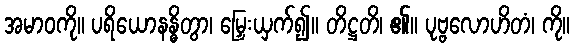
အမာဝကို။ ပရိယောနန္ဓိတွာ၊ မြှေးယှက်၍။ တိဋ္ဌတိ၊ ၏။ ပုဗ္ဗလောဟိတံ၊ ကို။